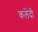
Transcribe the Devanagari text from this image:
कलेंदी